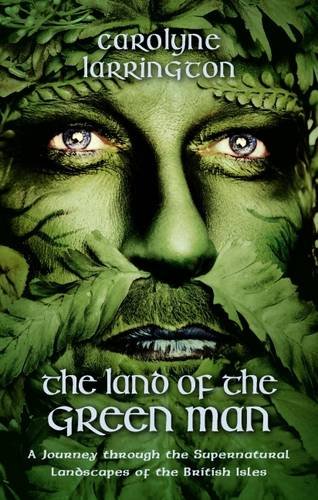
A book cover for The Land of the Green Man: A Journey Through the Supernatural Landscapes of the British Isles; Carolyne Larrington; Politics & Social Sciences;